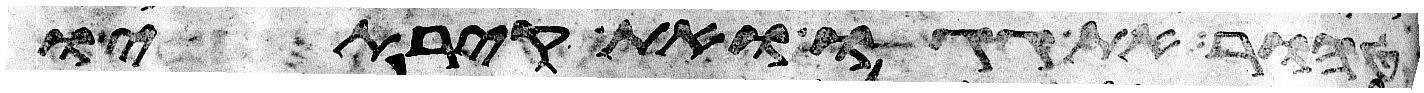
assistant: טהור את גגו ואת קירתיו